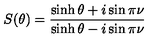
S ( \theta ) = \frac { \sinh \theta + i \sin \pi \nu } { \sinh \theta - i \sin \pi \nu }